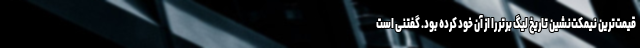
قیمت‌ترین نیمکت‌نشین تاریخ لیگ برتر را از آن خود کرده بود. گفتنی است